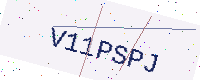
Text: V11PSPJ